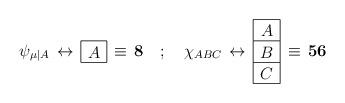
LaTeX: \begin{align*}\psi_{\mu\vert A} \, \leftrightarrow \, \mbox{$ \begin{array}{|c|}\hline\stackrel{ }{A}\cr\hline\end{array}$} \, \equiv \, {\bf 8}\quad ; \quad \chi _{ABC} \,\leftrightarrow \,\mbox{$ \begin{array}{|c|}\hline\stackrel{ }{A}\cr\hline\stackrel{}{B}\cr\hline\stackrel{}{C}\cr\hline\end{array}$} \, \equiv \, {\bf 56}\end{align*}